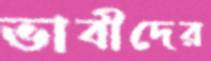
ভাবীদের